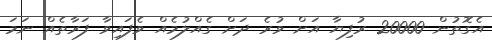
އެގޮތުން 20000 ރުފިޔާ އަށް ވުރެ ދަށް ގެއްލުމެއް ވެފައިވާ ފަރާތެއް ނަމަ